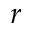
r